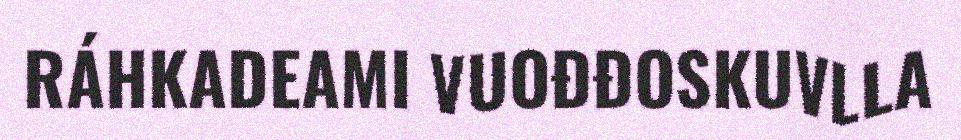
RÁHKADEAMI VUOĐĐOSKUVLLA